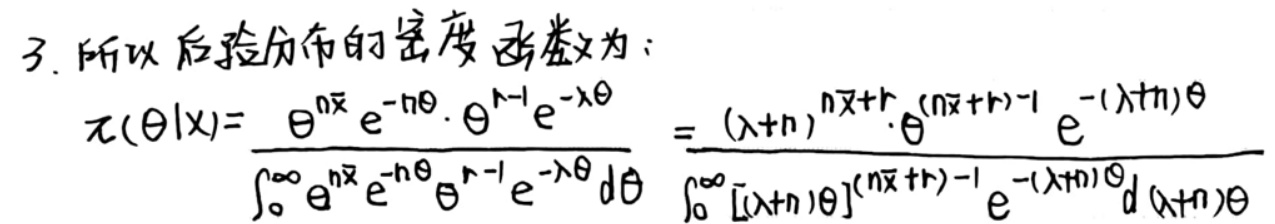
3. 所以后验分布的密度函数为：
\[
\pi(\theta|x)=\frac{\theta^{n\bar{x}}e^{-n\theta}\cdot\theta^{r - 1}e^{-\lambda\theta}}{\int_{0}^{\infty}\theta^{n\bar{x}}e^{-n\theta}\theta^{r - 1}e^{-\lambda\theta}d\theta}=\frac{(\lambda + n)^{n\bar{x}+r}\cdot\theta^{(n\bar{x}+r)-1}e^{-(\lambda + n)\theta}}{\int_{0}^{\infty}[(\lambda + n)\theta]^{(n\bar{x}+r)-1}e^{-(\lambda + n)\theta}d(\lambda + n)\theta}
\]